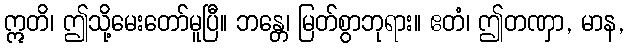
ဣတိ၊ ဤသို့မေးတော်မူပြီ။ ဘန္တေ၊ မြတ်စွာဘုရား။ ဧတံ၊ ဤတဏှာ, မာန,